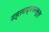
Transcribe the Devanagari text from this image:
उत्तराध्ययनसूत्र